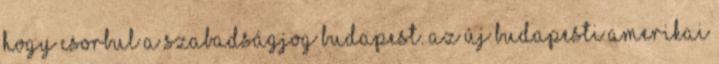
hogy csorbul a szabadságjog Budapest. Az új budapesti amerikai